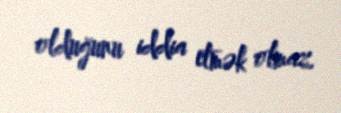
olduğunu iddia etmək olmaz.